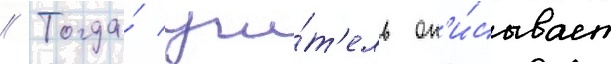
// Тогда́ учи́т'ель оп'и́сывает